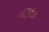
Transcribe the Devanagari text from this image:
सॅटॅनिक